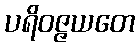
ပရိဝဇ္ဇယတေ